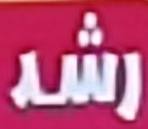
رشد